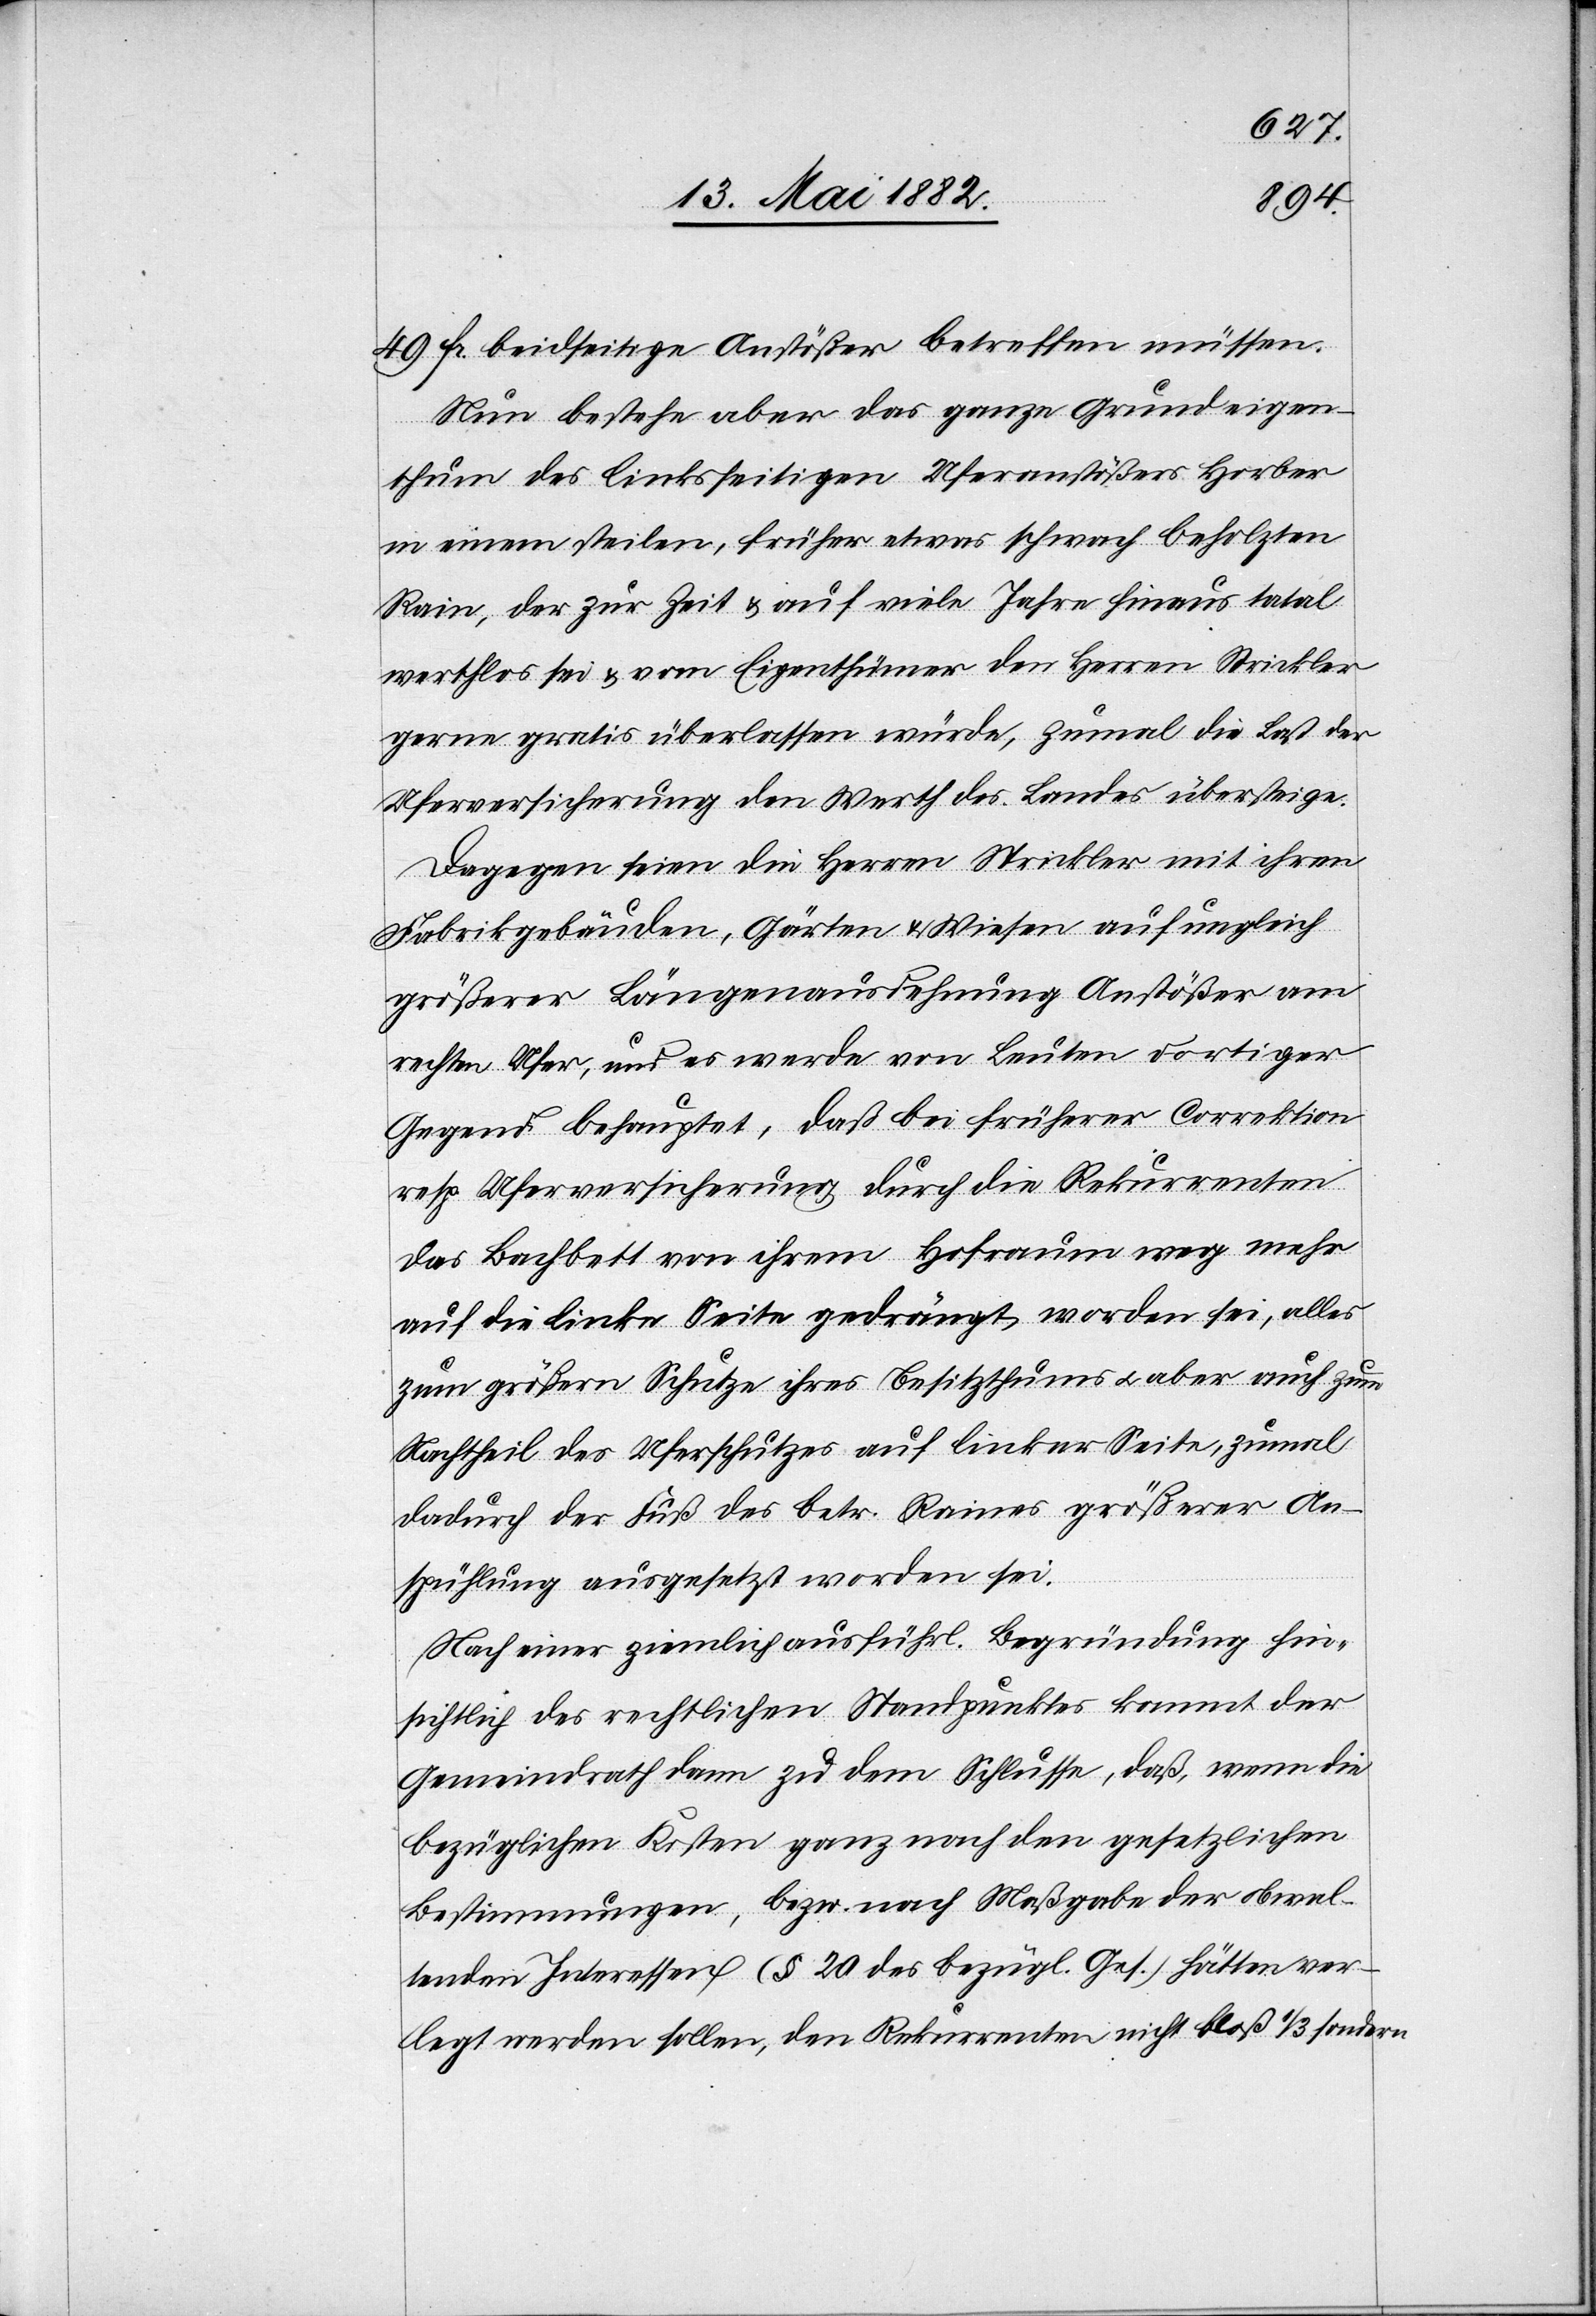
49 Fr. beidseitige Anstößer betreffen müssen.
Nun bestehe aber das ganze Grundeigen¬
thum des linkseitigen Uferanstößers Horber
in einem steilen, früher etwas schwach beholzten
Rain, der zur Zeit & auf viele Jahre hinaus total
werthlos sei & vom Eigenthümer den Herren Strickler
gerne gratis überlassen würde, zumal die Last der
Uferversicherung den Werth des Landes übersteige.
Dagegen seien die Herren Strickler mit ihren
Fabrikgebäuden, Gärten & Wiesen auf ungleich
größerer Längenausdehnung Anstößer am
rechten Ufer, und es werde von Leuten dortiger
Gegend behauptet, daß bei früherer Correction
resp. Ufersicherung durch die Rekurrenten
das Bachbett von ihrem Hofraume weg mehr
auf die linke Seite gedrängt worden sei, alles
zum größern Schutze ihres Besitzthums u. aber auch zum
Nachtheil des Uferschutzes auf linker Seite, zumal
dadurch der Fuß des betr. Raines größerer An¬
spühlung ausgesetzt worden sei.
Nach einer ziemlich ausführl. Begründung hin¬
sichtlich des rechtlichen Standpunktes kommt der
Gemeindrath dann zu dem Schlusse, daß, wenn die
bezüglichen Kosten ganz nach den gesetzlichen
Bestimmungen, bezw. nach Maßgabe der obwal¬
tenden Interessen (§ 20 des bezügl. Ges.) hätten ver¬
legt werden sollen, den Rekurrenten nicht bloß 1/3 sondern